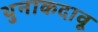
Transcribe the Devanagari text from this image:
थुनाकदावू